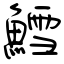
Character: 鱈